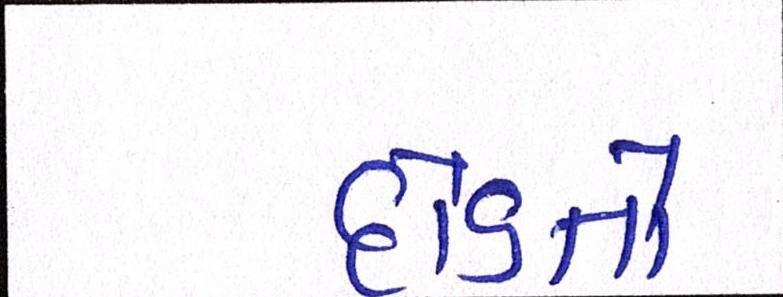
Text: દોડતો